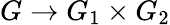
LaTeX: G\to G_{1}\times G_{2}